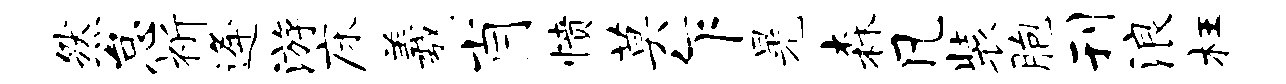
然怠祈逄游床羲肖愤莫乍晃森凡装胞刊浪枉